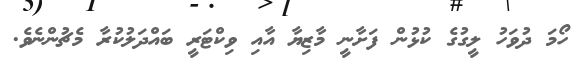
ހޯމަ ދުވަހު ލީގުގެ ކުޅުން ފަށާނީ މާޒިޔާ އާއި ވިކްޓަރީ ބައްދަލުކުރާ މެޗުންނެވެ.